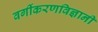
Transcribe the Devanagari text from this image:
वर्गीकरणविज्ञानी